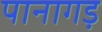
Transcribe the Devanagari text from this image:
पानागड़